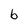
Character: b